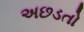
અછડતો